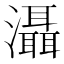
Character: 灄